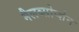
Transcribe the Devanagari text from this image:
मैलब्सोर्प्शन